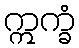
ဣက္ခံ